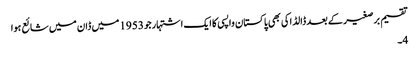
تقسیم برصغیر کے بعد ڈالڈاکی بھی پاکستان واپسی کا ایک اشتہارجو 1953 میں ڈان میں شائع ہوا
4۔